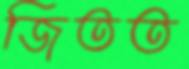
জিতত